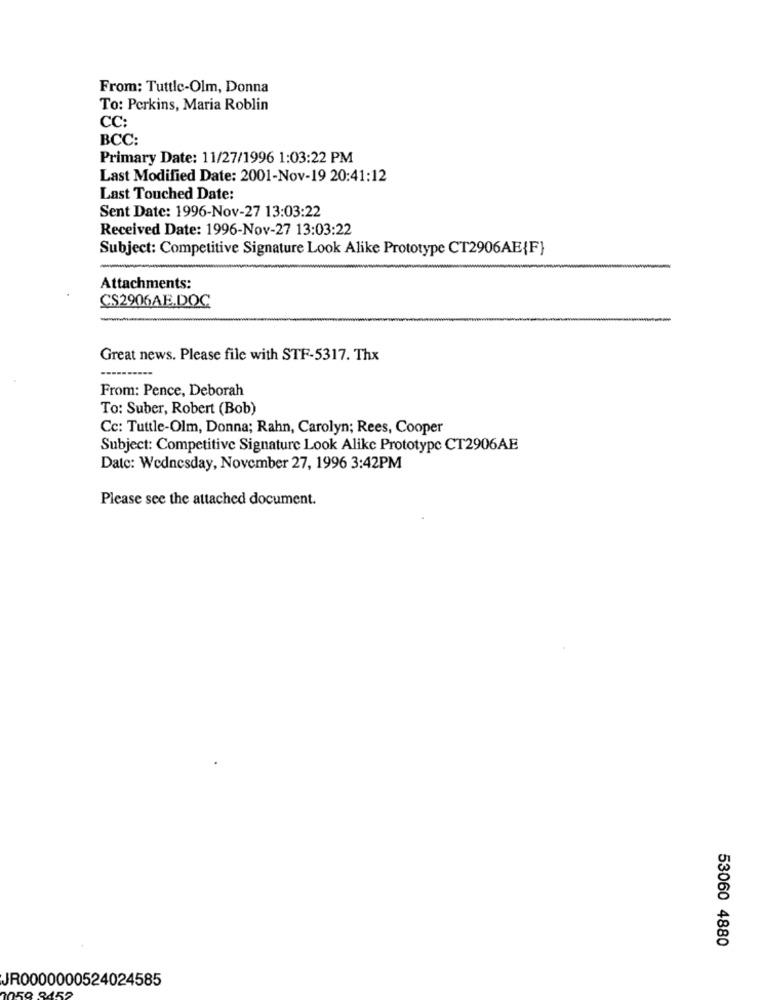
From: Tuttle-Olm, Donna
To: Perkins, Maria Roblin
CC:
BCC:
Primary Date: 11/27/1996 1:03:22 PM
Last Modified Date: 2001-Nov-19 20:41:12
Last Touched Date:
Sent Date: 1996-Nov-27 13:03:22
Received Date: 1996-Nov-27 13:03:22
Subject: Competitive Signature Look Alike Prototype CT2906AE{F}
Attachments:
CS2906AE.DOC
Great news. Please file with STF-5317. Thx
From: Pence, Deborah
To: Suber, Robert (Bob)
Cc: Tuttle-Olm, Donna; Rahn, Carolyn; Rees, Cooper
Subject: Competitive Signature Look Alike Prototype CT2906AE
Date: Wednesday, November 27, 1996 3:42PM
Please see the attached document.
53060 4880
JR0000000524024585
8452